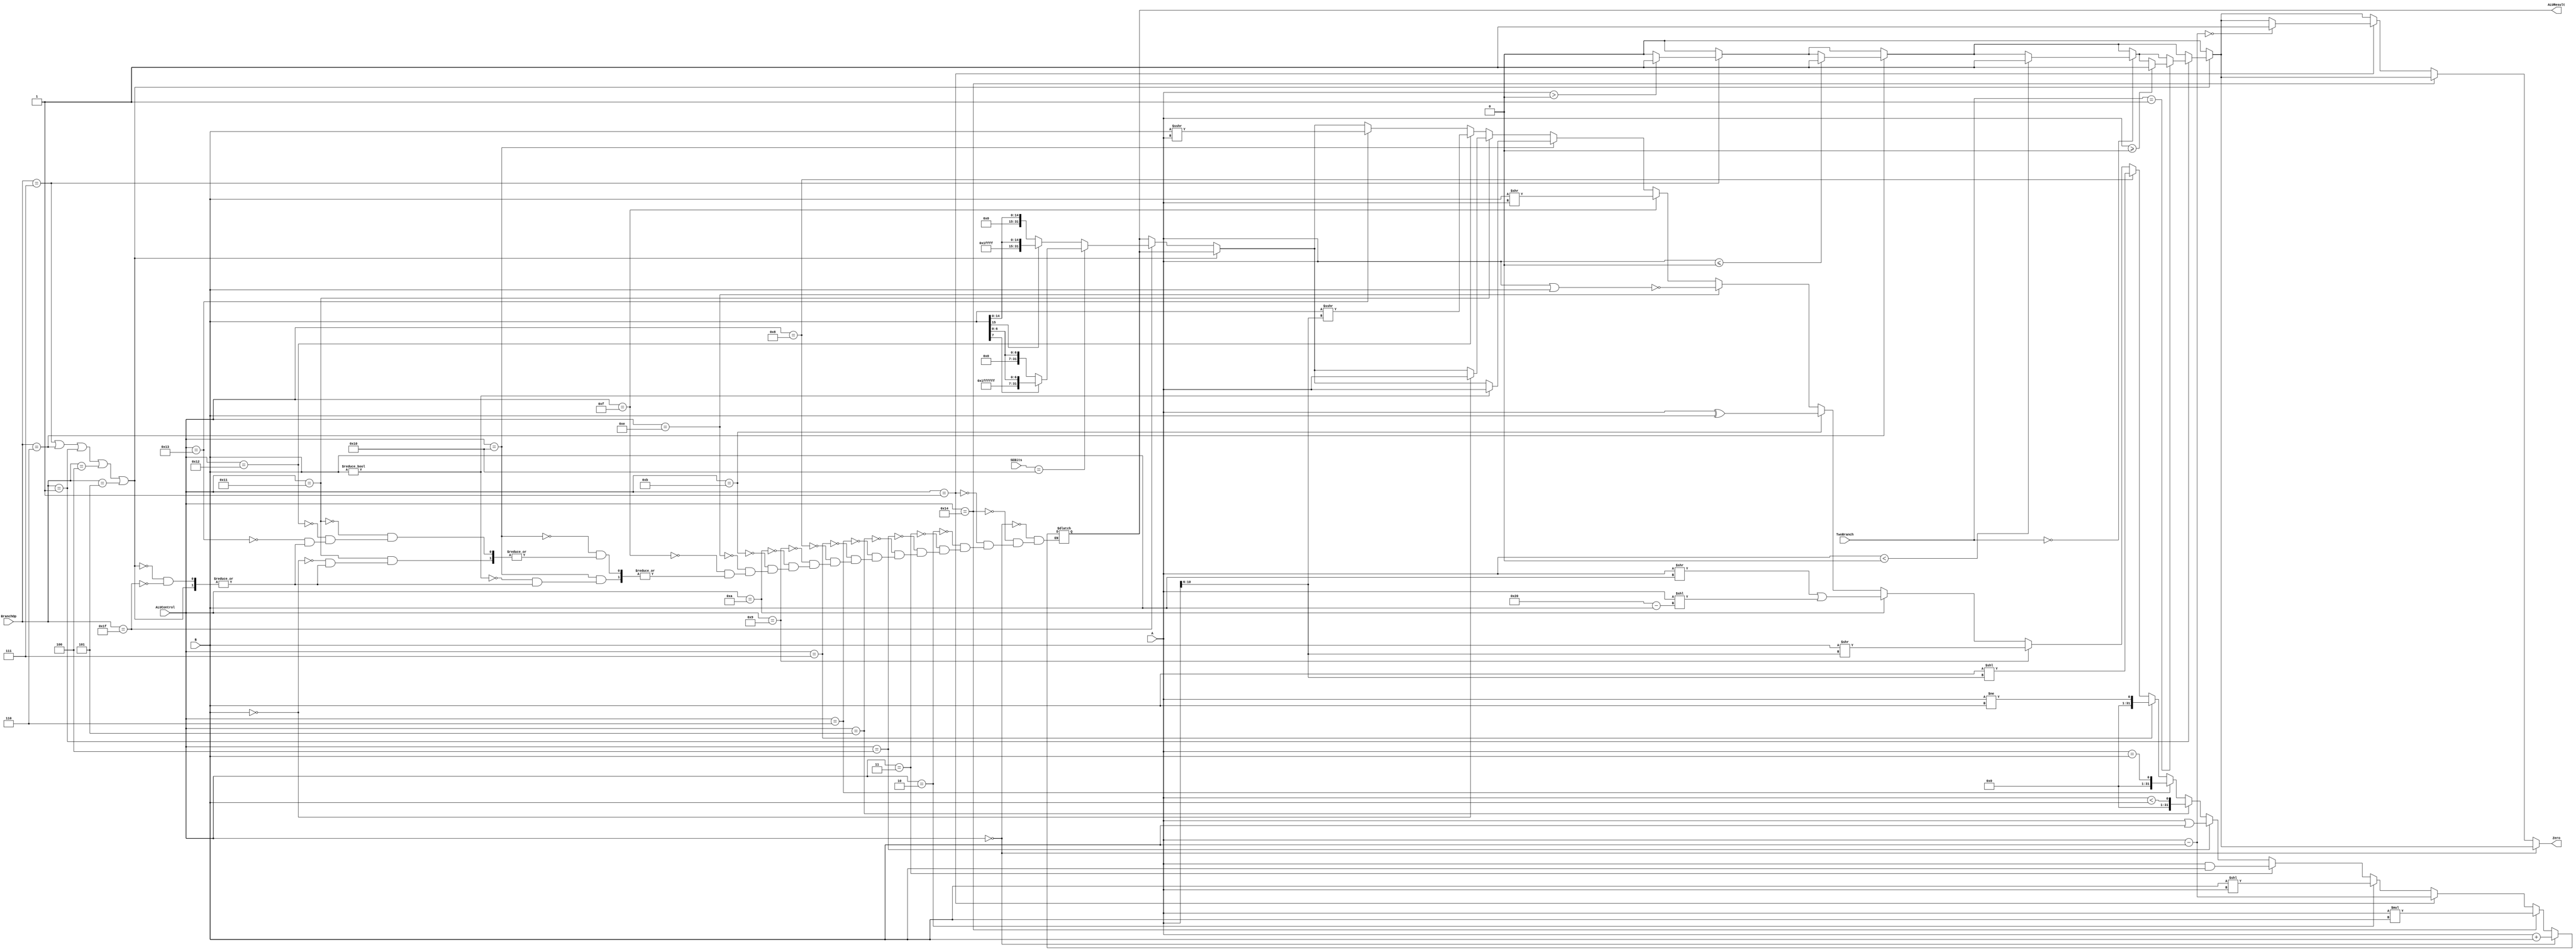
`timescale 1ns / 1ps
//DONEEEEE
////////////////////////////////////////////////////////////////////////////////
// Last Edits: Nirmal Kumbhare, Ali Akoglu
// 
// Module - ALU32Bit.v
// Description - 32-Bit wide arithmetic logic unit (ALU).
//
// INPUTS:-
// ALUControl: 4-Bit input control bits to select an ALU operation.
// A: 32-Bit input port A.
// B: 32-Bit input port B.
//
// OUTPUTS:-
// ALUResult: 32-Bit ALU result output.
// ZERO: 1-Bit output flag. 
//
// FUNCTIONALITY:-
// Design a 32-Bit ALU, so that it supports a set of arithmetic and 
// logical operaitons. The 'ALUResult' will output the corresponding 
// result of the operation based on the 32-Bit inputs, 'A', and 'B'. 
// The 'Zero' flag is high when 'ALUResult' is '0'. 
// The 'ALUControl' signal determines the function of the ALU based 
// on the table below. 

// Op|'ALUControl' value  | Description | Notes
// ==========================
// ADDITION       | 0000 | ALUResult = A + B
// SUBRACTION     | 0001 | ALUResult = A - B
// MULTIPLICATION | 0010 | ALUResult = A * B        (see notes below)
// AND            | 0011 | ALUResult = A and B
// OR             | 0100 | ALUResult = A or B
// SET LESS THAN  | 0101 | ALUResult =(A < B)? 1:0  (see notes below)
// SET EQUAL      | 0110 | ALUResult =(A=B)  ? 1:0
// SET NOT EQUAL  | 0111 | ALUResult =(A!=B) ? 1:0
// LEFT SHIFT     | 1000 | ALUResult = A << B       (see notes below)
// RIGHT SHIFT    | 1001 | ALUResult = A >> B	    (see notes below)
// ROTATE RIGHT   | 1010 | ALUResult = A ROTR B     (see notes below)
// 
//
// NOTES:-
// MULTIPLICATION : 32-bit signed multiplication results with 64-bit output.
//                  ALUResult will be set to lower 32 bits of the product value. 
//
// SET LESS THAN : ALUResult is '32'h000000001' if A < B.
// 
// LEFT SHIFT: The contents of the 32-bit "A" input are shifted left, 
//             inserting zeros into the emptied bits by the amount 
//             specified in B.
// RIGHT SHIFT: The contents of the 32-bit "A" input are shifted right, 
//             inserting zeros into the emptied bits by the amount 
//             specified in B.
//
// ROTR: logical right-rotate of a word by a fixed number of bits. 
//       The contents of the 32-bit "A" input are rotated right. 
//       The bit-rotate amount is specified by "B".
//	     ((A >> B) | (A << (32-B)))
//  
//
// 
////////////////////////////////////////////////////////////////////////////////

/*module ALU32Bit(ALUControl, A, B, ALUResult, Zero);

	input [3:0] ALUControl; // control bits for ALU operation
	input [31:0] A, B;	    // inputs
    
	output reg [31:0] ALUResult;
	//output reg [31:0] ALUResultHi;	// answer
	output reg Zero;	    // Zero=1 if ALUResult == 0
	
	
    
    integer counter, i;
    reg [63:0] temp;
    reg [31:0] Lo;
    reg [31:0] Hi;
   
    always@(ALUControl, A, B) begin
        counter = 0;
        Zero = 0;
        if(ALUControl == 4'b0000) begin // add
            ALUResult <= A+B; end
        else if (ALUControl == 4'b0001) begin // sub
            ALUResult <= A-B;
            if ((A-B) == 0) begin
                Zero = 1;
            end
        end
        else if (ALUControl == 4'b0010) begin // multiply
            temp <= A*B;
            if ((temp > 2147483647) | (temp < -2147483647)) begin
                ALUResult <= temp[31:0];
                Lo <= temp[31:0];
                Hi <= temp[63:32];
                //ALUResultHi <= temp[63:32]; 
                end
            else
                ALUResult <= temp[31:0]; end
        else if (ALUControl == 4'b0011) begin // and
            ALUResult <= A & B; end
        else if (ALUControl == 4'b0100) begin // or
            ALUResult <= A|B; end
        else if (ALUControl == 4'b0101) begin // less than
            ALUResult <= (A<B); end
        else if (ALUControl == 4'b0110) begin // equal 
            ALUResult <= (A==B); end //DOUBLE CHECK IF THIS IS THE DESIRED OUTPUT
        else if (ALUControl == 4'b0111) begin // not equal
            ALUResult <= (A!=B); end
        else if (ALUControl == 4'b1000) begin // shift left
            ALUResult <= (B<<A[10:6]); end
        else if (ALUControl == 4'b1001) begin // shift right
            ALUResult <= (B>>A[10:6]); end
        else if (ALUControl == 4'b1010) begin 
            ALUResult <= ((A >> B) | (A << (32-B))); end
        else if (ALUControl == 4'b1011) begin // xor
            ALUResult <= A^B; end
        else if (ALUControl == 4'b1110) begin
            ALUResult <= ~(A|B); end
        end
            
 
endmodule */
module ALU32Bit(ALUControl, A, B, ALUResult, Zero, BranchOp, TwoBranch,SEBits);

	input [4:0] ALUControl; // control bits for ALU operation
	input [31:0] A, B;	    // inputs
	input [5:0] BranchOp;
	input [4:0] TwoBranch,SEBits;
    
	output reg [31:0] ALUResult;
	//output reg [31:0] ALUResultHi;	// answer
	output reg Zero;	    // Zero=1 if ALUResult == 0
	
	
    
    integer counter, i;
    reg [63:0] temp;
    reg [31:0] Lo;
    reg [31:0] Hi;
   
    always@(*) begin
        counter <= 0;
        Zero <= 0;
        
        if ((BranchOp == 6'b000111) || (BranchOp == 6'b000110) || (BranchOp == 6'b000001) || (BranchOp == 6'b000100) || (BranchOp == 6'b000101)) begin 
            
            if (BranchOp == 6'b000111) begin //BGTZ
                if ($signed(A) > 0) begin
                    Zero <= 1;
                end
            end
            
            if (BranchOp == 6'b000110) begin //BLEZ
                if ($signed(A) <= 0) begin
                    Zero <= 1;
                end
            end
            
            if (BranchOp == 6'b000001) begin //BLTZ or BGEZ 
                if (TwoBranch == 5'b00000) begin //BLTZ
                    if ($signed(A) < 0) begin
                        Zero <= 1;
                    end
                end
                if (TwoBranch == 5'b00001) begin //BGEZ
                    if ($signed(A) >= 0) begin
                        Zero <= 1;
                    end
                end
            end
        end
        
        else if (BranchOp == 6'b011111) begin
            if (SEBits == 5'b10000) begin //SEB
                if (B[7] == 0) begin
                    ALUResult <= {24'b0,B[7:0]}; end
                else begin
                    ALUResult <= {24'b111111111111111111111111,B[7:0]}; end
            end
            else begin   // SEH
                if (B[15] == 0) begin
                    ALUResult <= {16'b0, B[15:0]};
                end
                else begin
                    ALUResult <= {16'b1111111111111111,B[15:0]};
                end
            end
        end 
         
        if(ALUControl == 4'b0000) begin // add
            ALUResult <= $signed(A)+$signed(B); end
            
        else if (ALUControl == 5'b10100) begin
            ALUResult <= ($signed(A) * $signed(B));
        end
        else if (ALUControl == 4'b0001) begin // sub
            ALUResult <= $signed(A)-$signed(B);
            if (($signed(A)-$signed(B)) == 0) begin
                Zero <= 1;
            end
        end
        else if (ALUControl == 4'b0010) begin //SLLV
            ALUResult <= B<<A;
             end
        else if (ALUControl == 4'b0011) begin // and
            ALUResult <= A & B; end
            
        else if (ALUControl == 4'b0100) begin // or
            ALUResult <= ($signed(A)|$signed(B)); end
            
        else if (ALUControl == 4'b0101) begin // less than
            ALUResult <= ($signed(A)<$signed(B)); end
            
        else if (ALUControl == 4'b0110) begin // equal 
            ALUResult <= (A==B); end //DOUBLE CHECK IF THIS IS THE DESIRED OUTPUT
            
        else if (ALUControl == 4'b0111) begin // not equal
            ALUResult <= ($signed(A)!=$signed(B)); end
            
        else if (ALUControl == 4'b1000) begin // shift left logical
            ALUResult <= (B<<A[10:6]); end
            
        else if (ALUControl == 4'b1001) begin // shift right logical

                ALUResult <= (B>>A[10:6]);
             end
           
            
        else if (ALUControl == 4'b1010) begin 
            ALUResult <= ((A >> B) | (A << (32-B))); end
            
        else if (ALUControl == 4'b1011) begin // xor
            ALUResult <= A^B; end
            
        else if (ALUControl == 4'b1110) begin
            ALUResult <= ~(A|B); end
        else if (ALUControl == 4'b1111) begin
            ALUResult <= B >> A;
        end
        else if (ALUControl == 5'b10000) begin //movn
        if (B != 0) begin
            ALUResult <= A;
        end 
        end
        else if (ALUControl == 5'b10001) begin
            if (B==0) begin
                ALUResult <=A;
            end
        end
        else if (ALUControl == 5'b10010) begin // shift right arithemtic
            ALUResult <= ($signed(B)>>>$signed(A[10:6])); end
        

        else if (ALUControl == 5'b10011) begin // shift right arithemtic variable
            ALUResult <= ($signed(B)>>>$signed(A)); end 
        end
        
        
        
            
 
endmodule